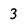
Character: 3